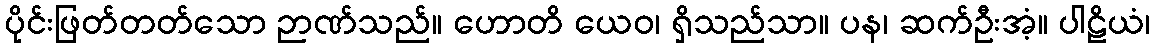
ပိုင်းဖြတ်တတ်သော ဉာဏ်သည်။ ဟောတိ ယေဝ၊ ရှိသည်သာ။ ပန၊ ဆက်ဦးအံ့။ ပါဠိယံ၊